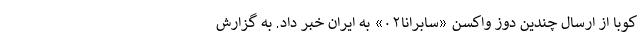
کوبا از ارسال چندین دوز واکسن «سابرانا۰۲» به ایران خبر داد. به گزارش